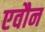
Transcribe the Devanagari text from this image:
एवौन